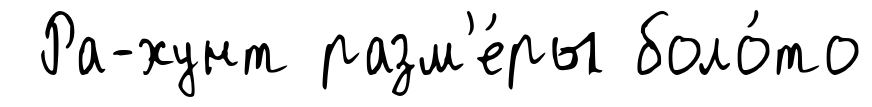
Ра-хунт разм'е́ры боло́то